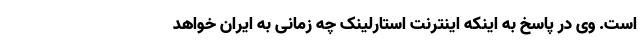
است. وی در پاسخ به اینکه اینترنت استارلینک چه زمانی به ایران خواهد